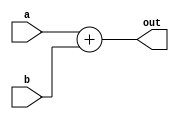
`timescale 1ns / 1ps
//////////////////////////////////////////////////////////////////////////////////
// Company: 
// Engineer: 
// 
// Design Name: 
// Module Name:    adder8 
// Project Name: 
// Target Devices: 
// Tool versions: 
// Description: 
//
// Dependencies: 
//
// Revision: 
// Revision 0.01 - File Created
// Additional Comments: 
//
//////////////////////////////////////////////////////////////////////////////////
module adder8(
	input [7:0]a,
	input [7:0]b,
	output [7:0]out
    );
	
	assign out = a + b;
	

	
endmodule